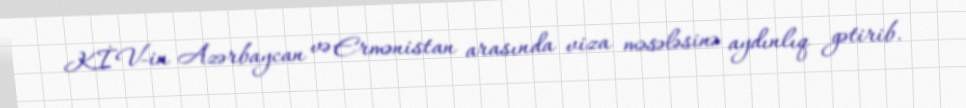
KİV-in Azərbaycan və Ermənistan arasında viza məsələsinə aydınlıq gətirib.